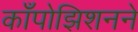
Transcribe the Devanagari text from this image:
काँपोझिशनने